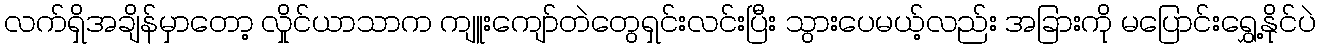
လက်ရှိအချိန်မှာတော့ လှိုင်ယာသာက ကျူးကျော်တဲတွေရှင်းလင်းပြီး သွားပေမယ့်လည်း အခြားကို မပြောင်းရွှေ့နိုင်ပဲ